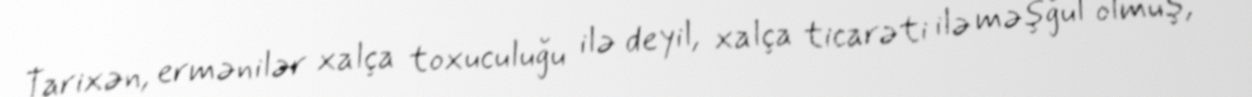
Tarixən, ermənilər xalça toxuculuğu ilə deyil, xalça ticarəti ilə məşğul olmuş,